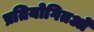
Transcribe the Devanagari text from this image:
प्रतियोगितओं